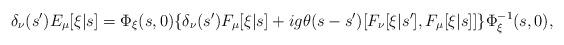
LaTeX: \begin{align*}\delta_\nu(s') E_\mu[\xi|s] = \Phi_\xi(s,0) \{ \delta_\nu(s') F_\mu[\xi|s] + ig \theta(s-s') [F_\nu[\xi|s'], F_\mu[\xi|s]] \} \Phi_\xi^{-1}(s,0),\end{align*}